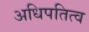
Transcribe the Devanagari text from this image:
अधिपतित्व